画像に写った文字を読んでください
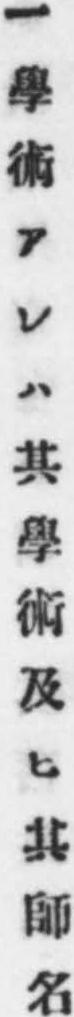
「一學術アレハ其學術及ヒ其師名」と書いてあります